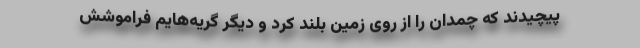
پیچیدند که چمدان را از روی زمین بلند کرد و دیگر گریه‌هایم فراموشش